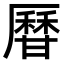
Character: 𤯍